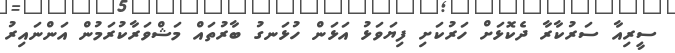
ސީރިއާ ސަރުކާރާ ދެކޮޅަށް ހަރުކަށި ފިޔަވަޅު އަޅަން ހުޅަނގު ބާރުތައް މަޝްވަރާކުރަމުން އަންނައިރު